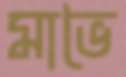
মাভৈ